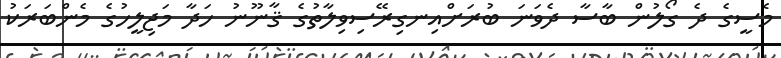
މެސީގެ ދެ ގޯލުން ބާސާ ދެވަނަ ބުރަށްއިނގިރޭސިވިލާތުގެ ޤާނޫނު ހަދާ މަޖިލީހުގެ މެންބަރަކު